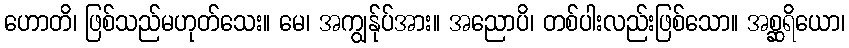
ဟောတိ၊ ဖြစ်သည်မဟုတ်သေး။ မေ၊ အကျွန်ုပ်အား။ အညောပိ၊ တစ်ပါးလည်းဖြစ်သော။ အစ္ဆရိယော၊